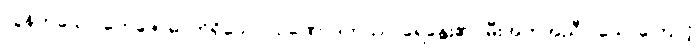
လွန်ကဲသော တေဇောဓာတ်ရှိသော။ ဥဏှောဒကဿ၊ ရေနွေး၏ (မီးအကူအညီပါသောကြောင့်